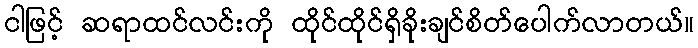
ငါဖြင့် ဆရာထင်လင်းကို ထိုင်ထိုင်ရှိခိုးချင်စိတ်ပေါက်လာတယ်။